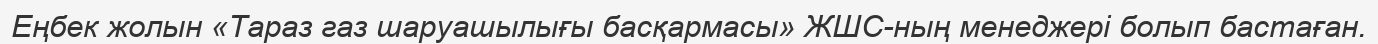
Еңбек жолын «Тараз газ шаруашылығы басқармасы» ЖШС-ның менеджері болып бастаған.